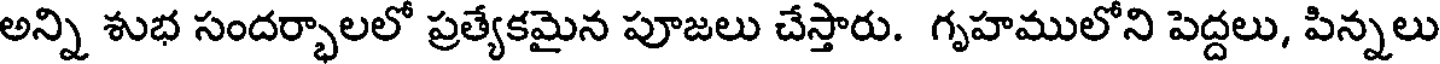
అన్ని శుభ సందర్భాలలో ప్రత్యేకమైన పూజలు చేస్తారు. గృహములోని పెద్దలు, పిన్నలు